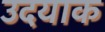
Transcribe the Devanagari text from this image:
उदयाक